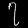
Digit: ၇